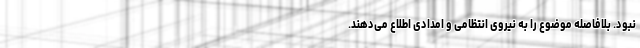
نبود. بلافاصله موضوع را به نیروی انتظامی و امدادی اطلاع می‌دهند.